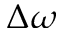
\Delta \omega